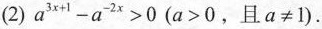
(2)$$a^{3x+1}-a^{-2x}>0$$($$a>0$$，且$$a\neq 1$$).